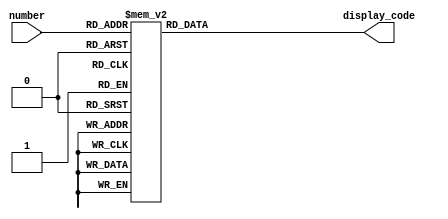
module digit_decoder(
    input [3:0] number,
    output reg [20:0] display_code
);
    always@(*) begin
        case(number)
            4'd0: display_code <= 21'b111_101_101_101_101_101_111;  // "0"
            4'd1: display_code <= 21'b001_001_001_001_001_001_001;  // "1"
            4'd2: display_code <= 21'b111_100_100_111_001_001_111;  // "2"
            4'd3: display_code <= 21'b111_001_001_111_001_001_111;  // "3"
            4'd4: display_code <= 21'b001_001_001_111_101_101_101;  // "4"
            4'd5: display_code <= 21'b111_001_001_111_100_100_111;  // "5"
            4'd6: display_code <= 21'b111_101_101_111_100_100_111;  // "6"
            4'd7: display_code <= 21'b001_001_001_001_001_001_111;  // "7"
            4'd8: display_code <= 21'b111_101_101_111_101_101_111;  // "8"
            4'd9: display_code <= 21'b001_001_001_111_101_101_111;  // "9"
            default: display_code <= 21'b111_101_101_101_101_101_111; // "0"
        endcase
    end

endmodule